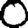
Digit: 0